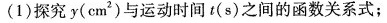
(1)探究y(cm2)与运动时间t(s)之间的函数关系式；